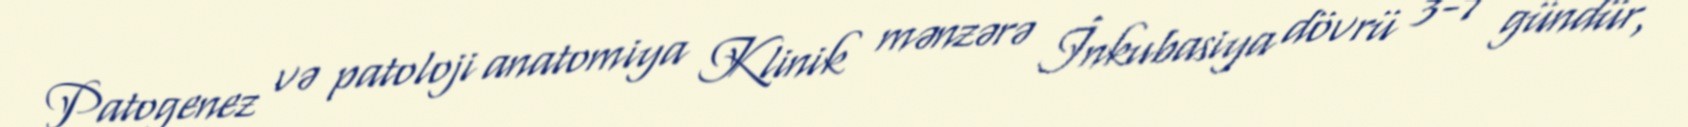
Patogenez və patoloji anatomiya Klinik mənzərə İnkubasiya dövrü 3-7 gündür,